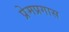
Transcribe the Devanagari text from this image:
प्रेमप्रगास